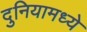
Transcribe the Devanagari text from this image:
दुनियामध्ये